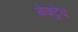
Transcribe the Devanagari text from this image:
बेक्ट्रेव